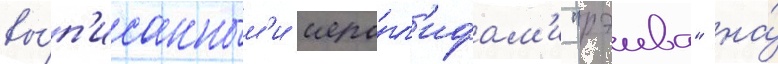
вы́п'исанным'и иеро́гл'ифам'и "рэива" на́